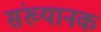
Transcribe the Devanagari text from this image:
संख्यानक